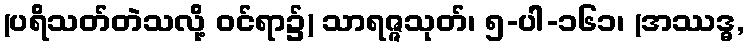
(ပရိသတ်တဲသလို့ ဝင်ရာ၌) သာရဇ္ဇသုတ်၊ ၅-ပါ-၁၆၁၊ (အဿဒ္ဓ,